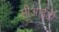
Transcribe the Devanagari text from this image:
सीआई़डी